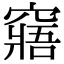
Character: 窹